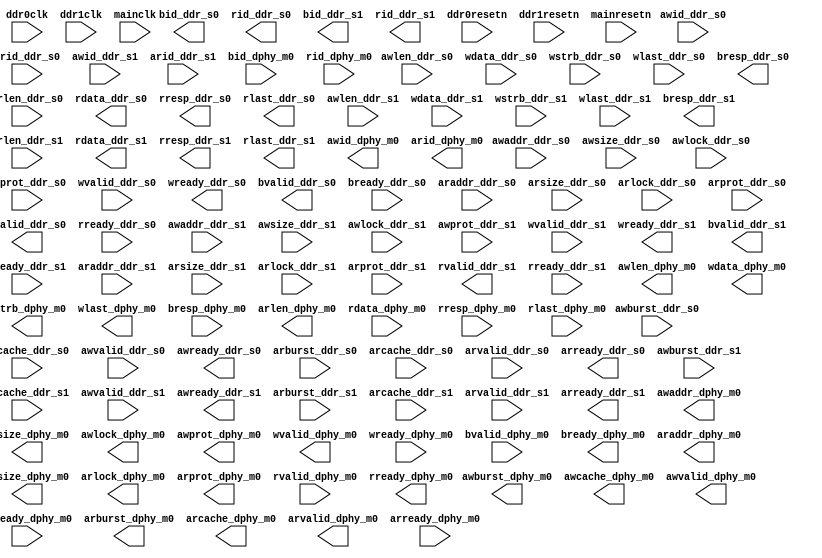
//- - - - - - - - - - - - - - - - - - - - - - - - - - - - - - - - - - - - - - -
// The confidential and proprietary information contained in this file may     
// only be used by a person authorised under and to the extent permitted       
// by a subsisting licensing agreement from ARM Limited.                       
//                                                                             
//            (C) COPYRIGHT 2005-2015 ARM Limited.
//                ALL RIGHTS RESERVED                                          
//                                                                             
// This entire notice must be reproduced on all copies of this file            
// and copies of this file may only be made by a person if such person is      
// permitted to do so under the terms of a subsisting license agreement        
// from ARM Limited.                                                           
//                                                                             
//- - - - - - - - - - - - - - - - - - - - - - - - - - - - - - - - - - - - - - -
// Top-Level Verilog file is auto-generated by AMBA Designer ADr3p5-01eac0-build-0005

//                                                                             
// Stitcher: generic_stitcher_core v3.1, built on Dec  1 2015
//                                                                             
//                                                                             
//- - - - - - - - - - - - - - - - - - - - - - - - - - - - - - - - - - - - - - -
// Generated with Validator version1.0


//-----------------------------------------------------------------------------
// Module Declaration nic400_wn7_ddr_r0p05
//-----------------------------------------------------------------------------

module bus_ddr (
  
// Instance: u_cd_ddr0, Port: ddr_s0

  awid_ddr_s0,
  awaddr_ddr_s0,
  awlen_ddr_s0,
  awsize_ddr_s0,
  awburst_ddr_s0,
  awlock_ddr_s0,
  awcache_ddr_s0,
  awprot_ddr_s0,
  awvalid_ddr_s0,
  awready_ddr_s0,
  wdata_ddr_s0,
  wstrb_ddr_s0,
  wlast_ddr_s0,
  wvalid_ddr_s0,
  wready_ddr_s0,
  bid_ddr_s0,
  bresp_ddr_s0,
  bvalid_ddr_s0,
  bready_ddr_s0,
  arid_ddr_s0,
  araddr_ddr_s0,
  arlen_ddr_s0,
  arsize_ddr_s0,
  arburst_ddr_s0,
  arlock_ddr_s0,
  arcache_ddr_s0,
  arprot_ddr_s0,
  arvalid_ddr_s0,
  arready_ddr_s0,
  rid_ddr_s0,
  rdata_ddr_s0,
  rresp_ddr_s0,
  rlast_ddr_s0,
  rvalid_ddr_s0,
  rready_ddr_s0,
  
// Instance: u_cd_ddr1, Port: ddr_s1

  awid_ddr_s1,
  awaddr_ddr_s1,
  awlen_ddr_s1,
  awsize_ddr_s1,
  awburst_ddr_s1,
  awlock_ddr_s1,
  awcache_ddr_s1,
  awprot_ddr_s1,
  awvalid_ddr_s1,
  awready_ddr_s1,
  wdata_ddr_s1,
  wstrb_ddr_s1,
  wlast_ddr_s1,
  wvalid_ddr_s1,
  wready_ddr_s1,
  bid_ddr_s1,
  bresp_ddr_s1,
  bvalid_ddr_s1,
  bready_ddr_s1,
  arid_ddr_s1,
  araddr_ddr_s1,
  arlen_ddr_s1,
  arsize_ddr_s1,
  arburst_ddr_s1,
  arlock_ddr_s1,
  arcache_ddr_s1,
  arprot_ddr_s1,
  arvalid_ddr_s1,
  arready_ddr_s1,
  rid_ddr_s1,
  rdata_ddr_s1,
  rresp_ddr_s1,
  rlast_ddr_s1,
  rvalid_ddr_s1,
  rready_ddr_s1,
  
// Instance: u_cd_main, Port: dphy_m0

  awid_dphy_m0,
  awaddr_dphy_m0,
  awlen_dphy_m0,
  awsize_dphy_m0,
  awburst_dphy_m0,
  awlock_dphy_m0,
  awcache_dphy_m0,
  awprot_dphy_m0,
  awvalid_dphy_m0,
  awready_dphy_m0,
  wdata_dphy_m0,
  wstrb_dphy_m0,
  wlast_dphy_m0,
  wvalid_dphy_m0,
  wready_dphy_m0,
  bid_dphy_m0,
  bresp_dphy_m0,
  bvalid_dphy_m0,
  bready_dphy_m0,
  arid_dphy_m0,
  araddr_dphy_m0,
  arlen_dphy_m0,
  arsize_dphy_m0,
  arburst_dphy_m0,
  arlock_dphy_m0,
  arcache_dphy_m0,
  arprot_dphy_m0,
  arvalid_dphy_m0,
  arready_dphy_m0,
  rid_dphy_m0,
  rdata_dphy_m0,
  rresp_dphy_m0,
  rlast_dphy_m0,
  rvalid_dphy_m0,
  rready_dphy_m0,

//  Non-bus signals

  ddr0clk,
  ddr0resetn,
  ddr1clk,
  ddr1resetn,
  mainclk,
  mainresetn

);



//-----------------------------------------------------------------------------
// Port Declarations
//-----------------------------------------------------------------------------


// Instance: u_cd_ddr0, Port: ddr_s0

input  [10:0] awid_ddr_s0;
input  [32:0] awaddr_ddr_s0;
input  [7:0]  awlen_ddr_s0;
input  [2:0]  awsize_ddr_s0;
input  [1:0]  awburst_ddr_s0;
input         awlock_ddr_s0;
input  [3:0]  awcache_ddr_s0;
input  [2:0]  awprot_ddr_s0;
input         awvalid_ddr_s0;
output        awready_ddr_s0;
input  [127:0] wdata_ddr_s0;
input  [15:0] wstrb_ddr_s0;
input         wlast_ddr_s0;
input         wvalid_ddr_s0;
output        wready_ddr_s0;
output [10:0] bid_ddr_s0;
output [1:0]  bresp_ddr_s0;
output        bvalid_ddr_s0;
input         bready_ddr_s0;
input  [10:0] arid_ddr_s0;
input  [32:0] araddr_ddr_s0;
input  [7:0]  arlen_ddr_s0;
input  [2:0]  arsize_ddr_s0;
input  [1:0]  arburst_ddr_s0;
input         arlock_ddr_s0;
input  [3:0]  arcache_ddr_s0;
input  [2:0]  arprot_ddr_s0;
input         arvalid_ddr_s0;
output        arready_ddr_s0;
output [10:0] rid_ddr_s0;
output [127:0] rdata_ddr_s0;
output [1:0]  rresp_ddr_s0;
output        rlast_ddr_s0;
output        rvalid_ddr_s0;
input         rready_ddr_s0;

// Instance: u_cd_ddr1, Port: ddr_s1

input  [9:0]  awid_ddr_s1;
input  [31:0] awaddr_ddr_s1;
input  [7:0]  awlen_ddr_s1;
input  [2:0]  awsize_ddr_s1;
input  [1:0]  awburst_ddr_s1;
input         awlock_ddr_s1;
input  [3:0]  awcache_ddr_s1;
input  [2:0]  awprot_ddr_s1;
input         awvalid_ddr_s1;
output        awready_ddr_s1;
input  [127:0] wdata_ddr_s1;
input  [15:0] wstrb_ddr_s1;
input         wlast_ddr_s1;
input         wvalid_ddr_s1;
output        wready_ddr_s1;
output [9:0]  bid_ddr_s1;
output [1:0]  bresp_ddr_s1;
output        bvalid_ddr_s1;
input         bready_ddr_s1;
input  [9:0]  arid_ddr_s1;
input  [31:0] araddr_ddr_s1;
input  [7:0]  arlen_ddr_s1;
input  [2:0]  arsize_ddr_s1;
input  [1:0]  arburst_ddr_s1;
input         arlock_ddr_s1;
input  [3:0]  arcache_ddr_s1;
input  [2:0]  arprot_ddr_s1;
input         arvalid_ddr_s1;
output        arready_ddr_s1;
output [9:0]  rid_ddr_s1;
output [127:0] rdata_ddr_s1;
output [1:0]  rresp_ddr_s1;
output        rlast_ddr_s1;
output        rvalid_ddr_s1;
input         rready_ddr_s1;

// Instance: u_cd_main, Port: dphy_m0

output [10:0] awid_dphy_m0;
output [31:0] awaddr_dphy_m0;
output [7:0]  awlen_dphy_m0;
output [2:0]  awsize_dphy_m0;
output [1:0]  awburst_dphy_m0;
output        awlock_dphy_m0;
output [3:0]  awcache_dphy_m0;
output [2:0]  awprot_dphy_m0;
output        awvalid_dphy_m0;
input         awready_dphy_m0;
output [127:0] wdata_dphy_m0;
output [15:0] wstrb_dphy_m0;
output        wlast_dphy_m0;
output        wvalid_dphy_m0;
input         wready_dphy_m0;
input  [10:0] bid_dphy_m0;
input  [1:0]  bresp_dphy_m0;
input         bvalid_dphy_m0;
output        bready_dphy_m0;
output [10:0] arid_dphy_m0;
output [31:0] araddr_dphy_m0;
output [7:0]  arlen_dphy_m0;
output [2:0]  arsize_dphy_m0;
output [1:0]  arburst_dphy_m0;
output        arlock_dphy_m0;
output [3:0]  arcache_dphy_m0;
output [2:0]  arprot_dphy_m0;
output        arvalid_dphy_m0;
input         arready_dphy_m0;
input  [10:0] rid_dphy_m0;
input  [127:0] rdata_dphy_m0;
input  [1:0]  rresp_dphy_m0;
input         rlast_dphy_m0;
input         rvalid_dphy_m0;
output        rready_dphy_m0;

//  Non-bus signals

input         ddr0clk;
input         ddr0resetn;
input         ddr1clk;
input         ddr1resetn;
input         mainclk;
input         mainresetn;



endmodule